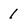
Character: 1